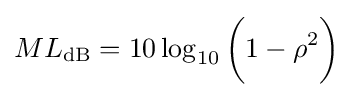
ML_{\mathrm {dB} }=10\log _{10}{\bigg (}1-\rho ^{2}{\bigg )}